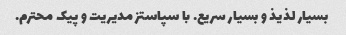
بسیار لذیذ و بسیار سریع. با سپاستز مدیریت و پیک محترم.